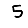
Digit: 5